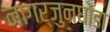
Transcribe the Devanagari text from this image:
नागर्जुनघोंडा